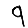
Digit: 9